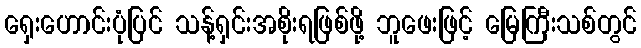
ရှေးဟောင်းပုံပြင် သန့်ရှင်းအစိုးရဖြစ်ဖို့ ဘူဖေးဖြင့် မြေကြီးသစ်တွင်